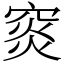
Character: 䆦